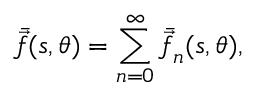
\bar { \vec { f } } ( s , \theta ) = \sum _ { n = 0 } ^ { \infty } \bar { \vec { f } } _ { n } ( s , \theta ) ,